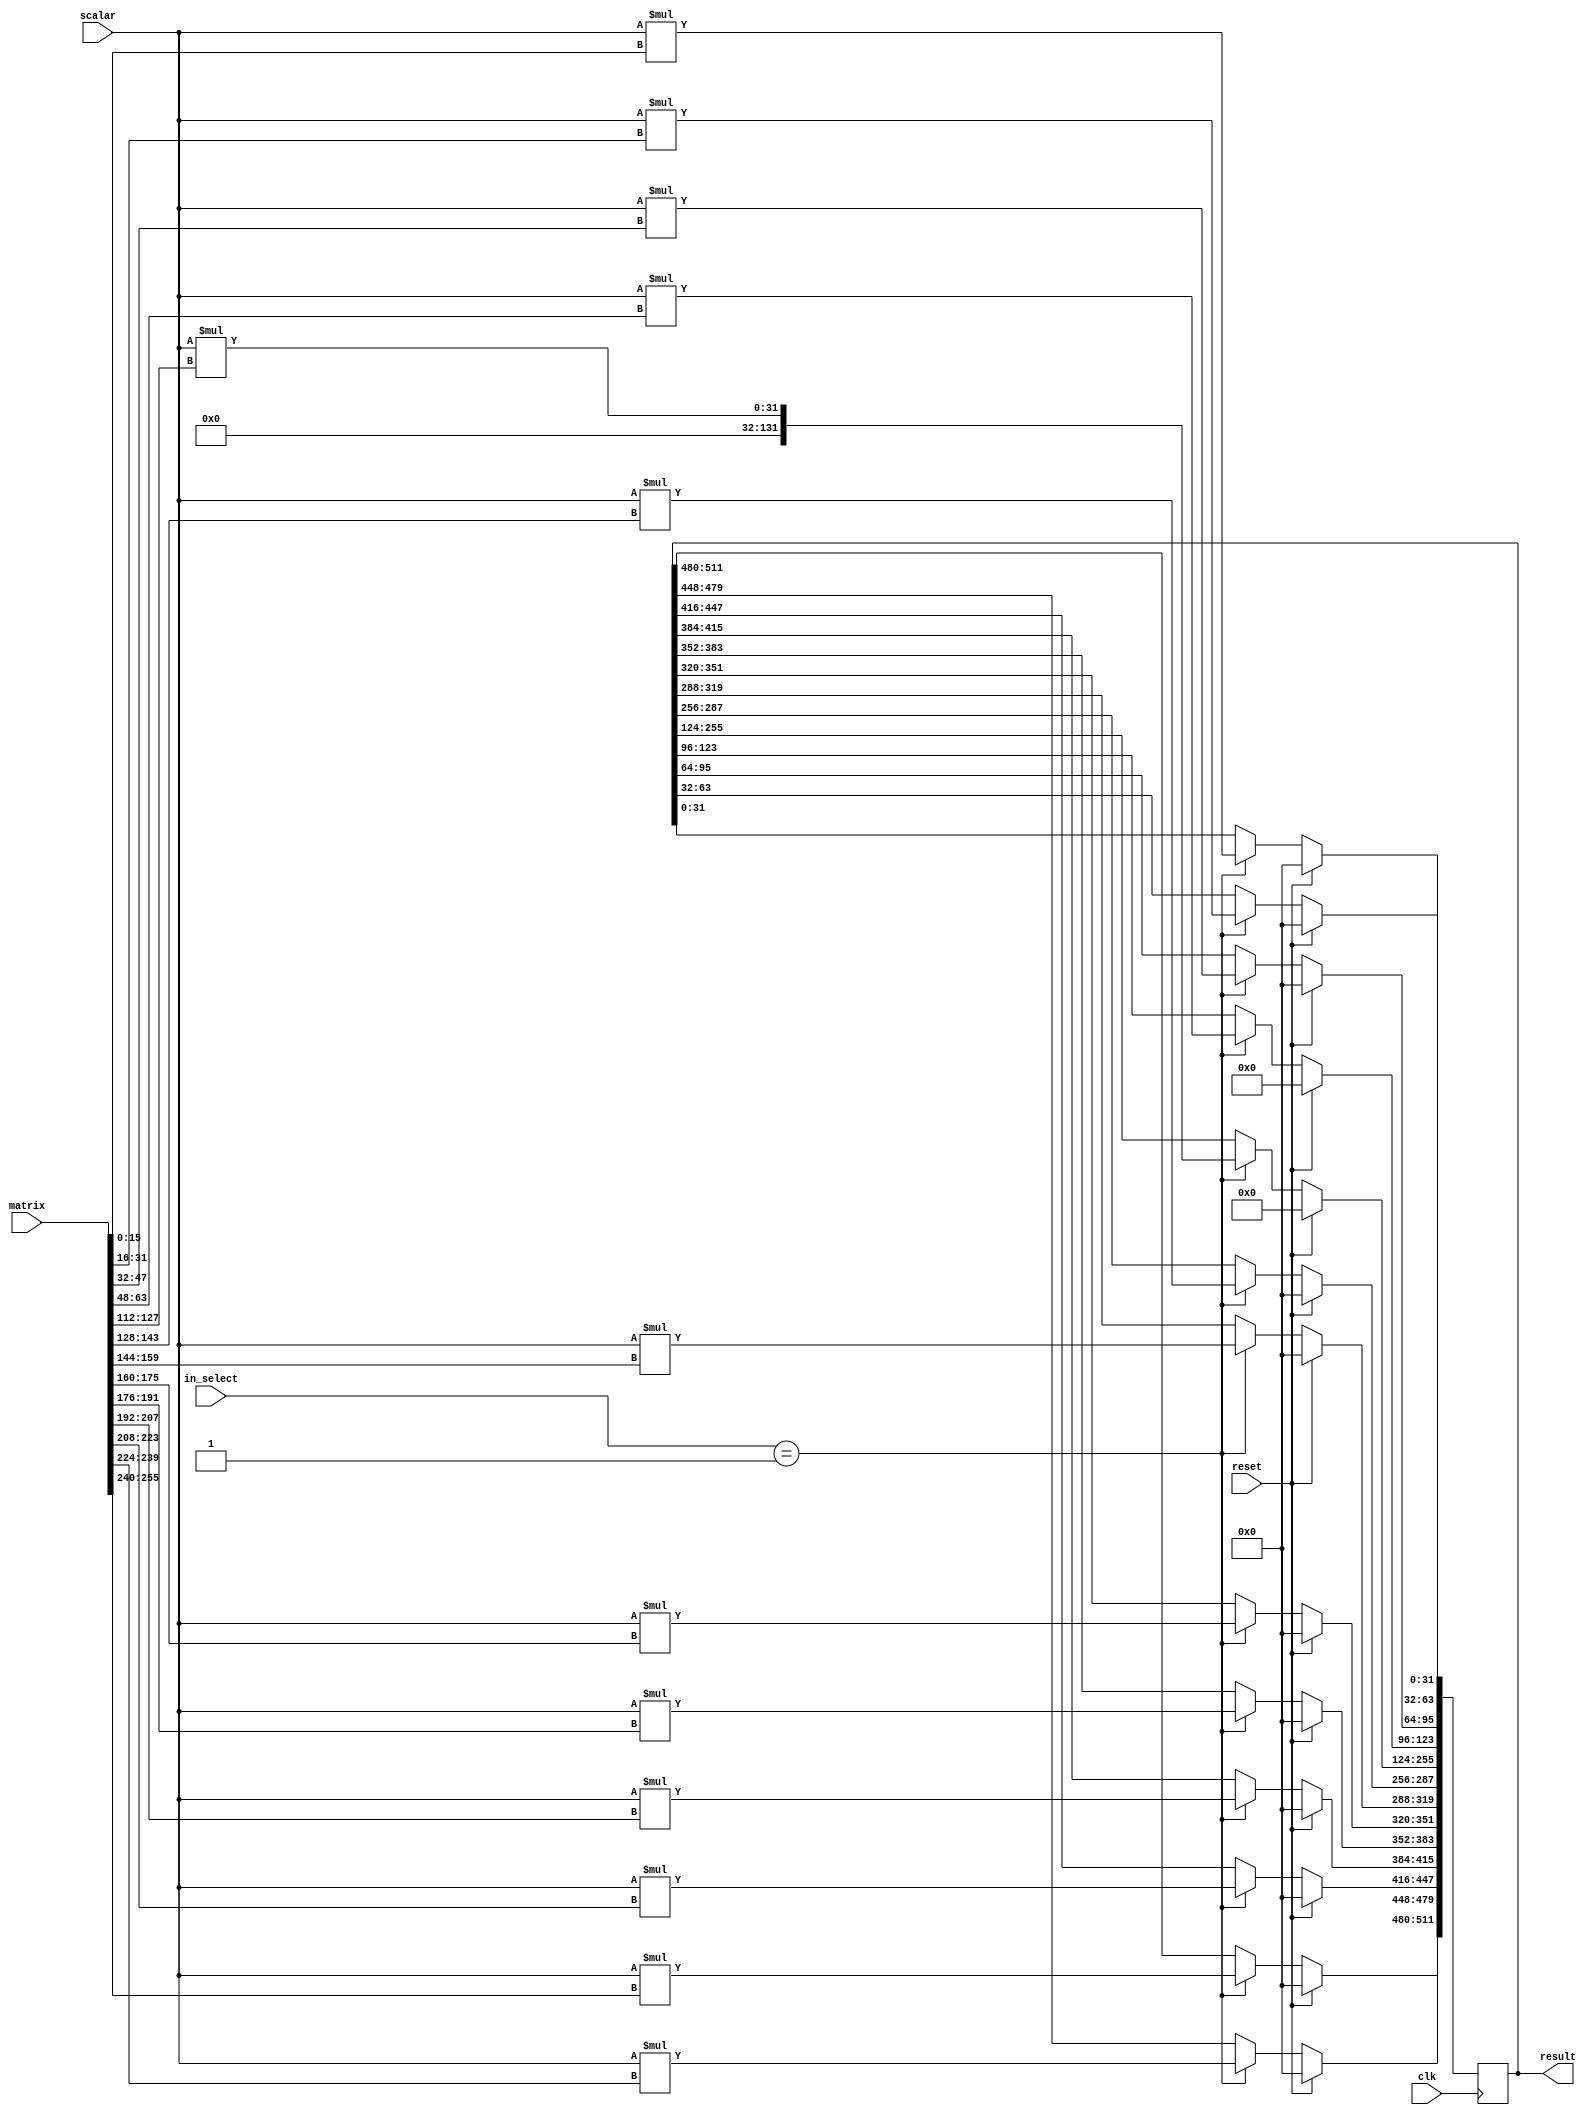

//  representation of a 4x4 16bit matrix
//  [15:0]    [31:16]   [47:32]   [63:48]
//  [79:64]   [95:80]   [111:96]  [127:112] 
//  [143:128] [159:144] [175:160] [191:176]
//  [207:192] [223:208] [239:224] [255:240]

module scale_multiply(
	input [15:0] scalar,
	input [255:0] matrix,
	input clk,
	input [1:0] in_select,
	output reg [511:0] result,
	input reset
	);

	always @ ( posedge clk ) begin
		if( reset ) result = 0;
		else if( in_select == 1 ) begin
			result[31:0]    <= scalar * matrix[15:0];
			result[63:32]   <= scalar * matrix[31:16];
			result[95:64]   <= scalar * matrix[47:32];
			result[127:96]  <= scalar * matrix[63:48];
			result[159:128] <= scalar * matrix[79:64];
			result[191:160] <= scalar * matrix[95:80];
			result[223:192] <= scalar * matrix[111:96];
			result[255:124] <= scalar * matrix[127:112];
			result[287:256] <= scalar * matrix[143:128];
			result[319:288] <= scalar * matrix[159:144];
			result[351:320] <= scalar * matrix[175:160];
			result[383:352] <= scalar * matrix[191:176];
			result[415:384] <= scalar * matrix[207:192];
			result[447:416] <= scalar * matrix[223:208];
			result[479:448] <= scalar * matrix[239:224];
			result[511:480] <= scalar * matrix[255:240];
		end
	end //always

endmodule